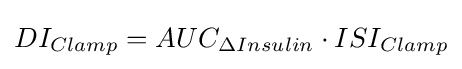
DI_{Clamp}=AUC_{\Delta Insulin}\cdot ISI_{Clamp}